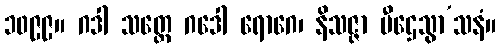
၁၀၉၉။ ဂဒါ သတ္ထေ ဂဒေါ ရောဂေ၊ နိသဇ္ဇာ ပီဌေသွာ’သနံ။